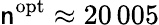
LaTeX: \mathsf{n}^{\mathrm{{opt}}}\approx20\, 005